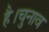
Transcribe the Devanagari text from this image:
है।चुनाव